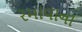
રમાવાના